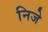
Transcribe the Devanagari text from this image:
निजे